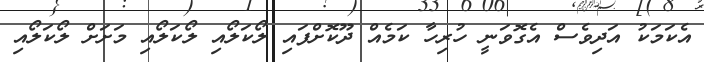
އެކަމަކު އަދިވެސް އެގޮވަނީ ހުރިހާ ކަމެއް ދޫކޮށްފައި ލޯކަލޯއި ލޯކަލޯއި މަށަށް ލޯކަލޯއި